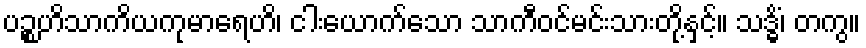
ပဉ္စဟိသာကိယကုမာရေဟိ၊ ငါးယောက်သော သာကီဝင်မင်းသားတို့နှင့်။ သဒ္ဓိံ၊ တကွ။